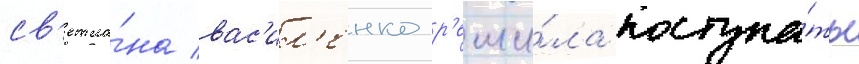
св'етла́на вас'ил'енко р'еши́ла поступа́ть